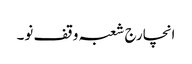
انچارج شعبہ وقف نو۔